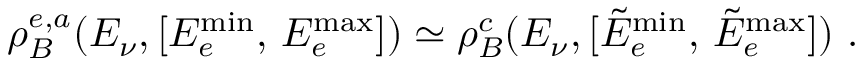
\rho _ { B } ^ { e , a } ( E _ { \nu } , [ E _ { e } ^ { \operatorname * { m i n } } , \, E _ { e } ^ { \operatorname * { m a x } } ] ) \simeq \rho _ { B } ^ { c } ( E _ { \nu } , [ \tilde { E } _ { e } ^ { \operatorname * { m i n } } , \, \tilde { E } _ { e } ^ { \operatorname * { m a x } } ] ) \ .